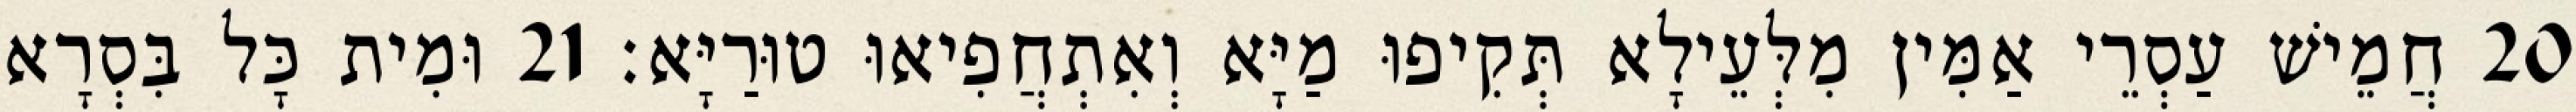
20 חֲמֵישׁ עַסְרֵי אַמִּין מִלְּעֵילָא תְּקִיפוּ מַיָּא וְאִתְחֲפִיאוּ טוּרַיָּא׃ 21 וּמִית כָּל בִּסְרָא